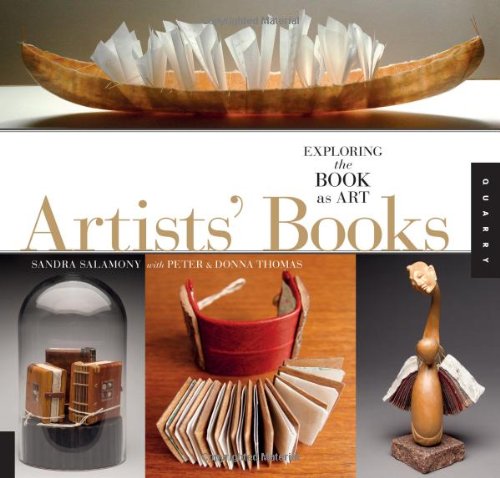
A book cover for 1,000 Artists' Books: Exploring the Book as Art (1000 Series); Peter and Donna Thomas; Arts & Photography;